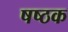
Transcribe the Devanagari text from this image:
षष्ठक